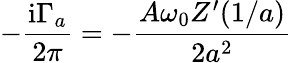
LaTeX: -{\frac{\mathrm{i}\Gamma_{a}}{2\pi}}=-{\frac{A\omega_{0}Z^{\prime}(1/a)}{2a^{2}}}